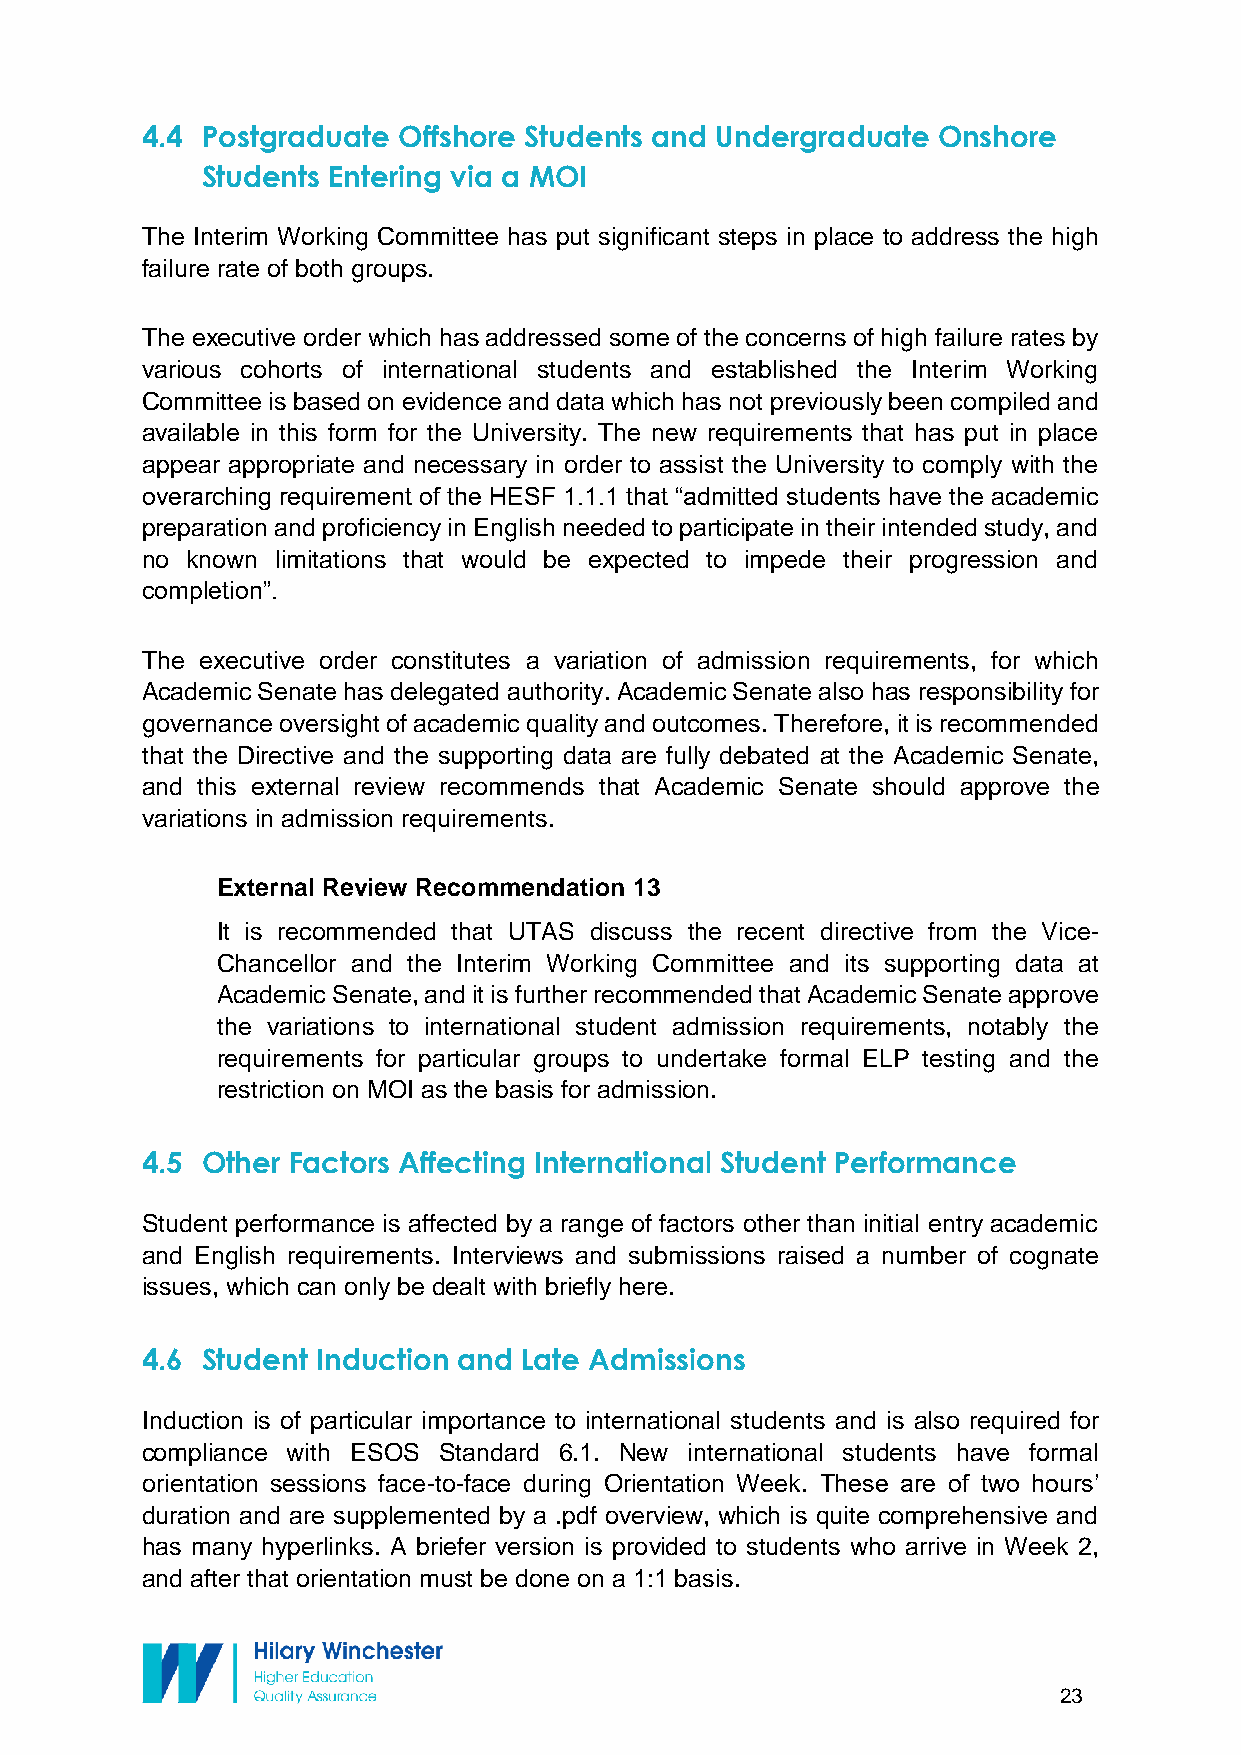
4.4 Postgraduate Offshore Students and Undergraduate Onshore
 Students Entering via a MOI
 The Interim Working Committee has put significant steps in place to address the high
 failure rate of both groups.
 The executive order which has addressed some of the concerns of high failure rates by
 various cohorts of international students and established the Interim Working
 Committee is based on evidence and data which has not previously been compiled and
 available in this form for the University. The new requirements that has put in place
 appear appropriate and necessary in order to assist the University to comply with the
 overarching requirement of the HESF 1.1.1 that “admitted students have the academic
 preparation and proficiency in English needed to participate in their intended study, and
 no known limitations that would be expected to impede their progression and
 completion”.
 The executive order constitutes a variation of admission requirements, for which
 Academic Senate has delegated authority. Academic Senate also has responsibility for
 governance oversight of academic quality and outcomes. Therefore, it is recommended
 that the Directive and the supporting data are fully debated at the Academic Senate,
 and this external review recommends that Academic Senate should approve the
 variations in admission requirements.
 External Review Recommendation 13
 It is recommended that UTAS discuss the recent directive from the Vice-
 Chancellor and the Interim Working Committee and its supporting data at
 Academic Senate, and it is further recommended that Academic Senate approve
 the variations to international student admission requirements, notably the
 requirements for particular groups to undertake formal ELP testing and the
 restriction on MOI as the basis for admission.
 4.5 Other Factors Affecting International Student Performance
 Student performance is affected by a range of factors other than initial entry academic
 and English requirements. Interviews and submissions raised a number of cognate
 issues, which can only be dealt with briefly here.
 4.6 Student Induction and Late Admissions
 Induction is of particular importance to international students and is also required for
 compliance with ESOS Standard 6.1. New international students have formal
 orientation sessions face-to-face during Orientation Week. These are of two hours’
 duration and are supplemented by a .pdf overview, which is quite comprehensive and
 has many hyperlinks. A briefer version is provided to students who arrive in Week 2,
 and after that orientation must be done on a 1:1 basis.
 23